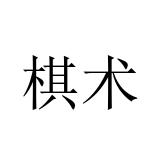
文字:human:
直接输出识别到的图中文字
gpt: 棋术